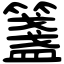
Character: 𥵃